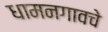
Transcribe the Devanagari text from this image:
धामनगावचे